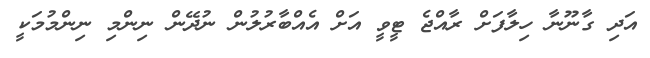
އަދި ގާނޫނާ ހިލާފަށް ރާއްޖެ ޓީވީ އަށް އެއްބާރުލުން ނުދޭން ނިންމި ނިންމުމަކީ